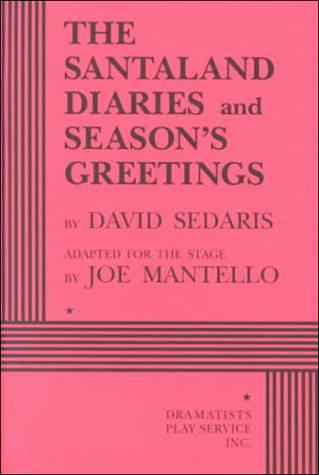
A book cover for The Santaland Diaries / Season's Greetings: 2 Plays; David Sedaris; Humor & Entertainment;